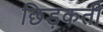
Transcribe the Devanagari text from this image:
छिड़कती